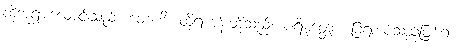
ထိုဘုရားလောင်းသည်။ တေဟိ၊ ထိုရဟန်းတို့သည်။ ပရိမုတ္တော၊ ခြံရံအပ်သည်ဖြစ်၍။